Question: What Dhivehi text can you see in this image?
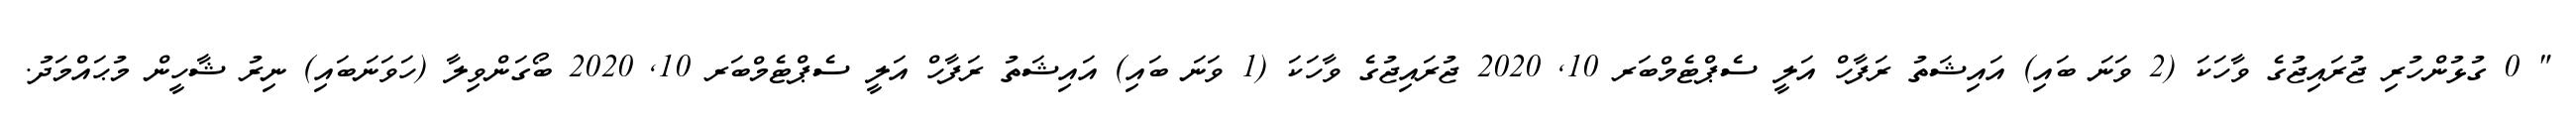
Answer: " 0 ގުޅުންހުރި ޖުރައިޖުގެ ވާހަކަ (2 ވަނަ ބައި) އައިޝަތު ރަފާހް އަލީ ސެޕްޓެމްބަރ 10, 2020 ޖުރައިޖުގެ ވާހަކަ (1 ވަނަ ބައި) އައިޝަތު ރަފާހް އަލީ ސެޕްޓެމްބަރ 10, 2020 ބޯގަންވިލާ (ހަވަނަބައި) ނިރު ޝާހީން މުޙައްމަދު.